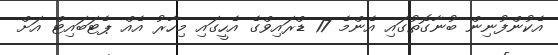
އެކުންފުނިން ބުނާގޮތުގައި އެންމެ 17 ޑްރައިވްގެ އެހީގައި މިހާރު އެއް ޕެޓަބައިޓް އަށް